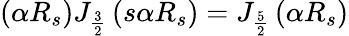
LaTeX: \left(\alpha R_{s}\right)J_{\frac{3}{2}}\left(s\alpha R_{s}\right)=J_{\frac{5}{2}}\left(\alpha R_{s}\right)